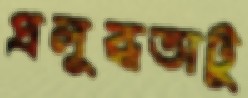
প্রলুব্ধতাটু